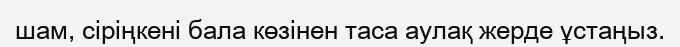
шам, сіріңкені бала көзінен таса аулақ жерде ұстаңыз.